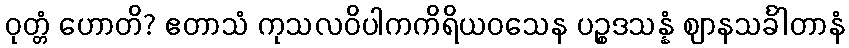
ဝုတ္တံ ဟောတိ? ဧတာသံ ကုသလဝိပါကကိရိယဝသေန ပဉ္စဒသန္နံ ဈာနသင်္ခါတာနံ